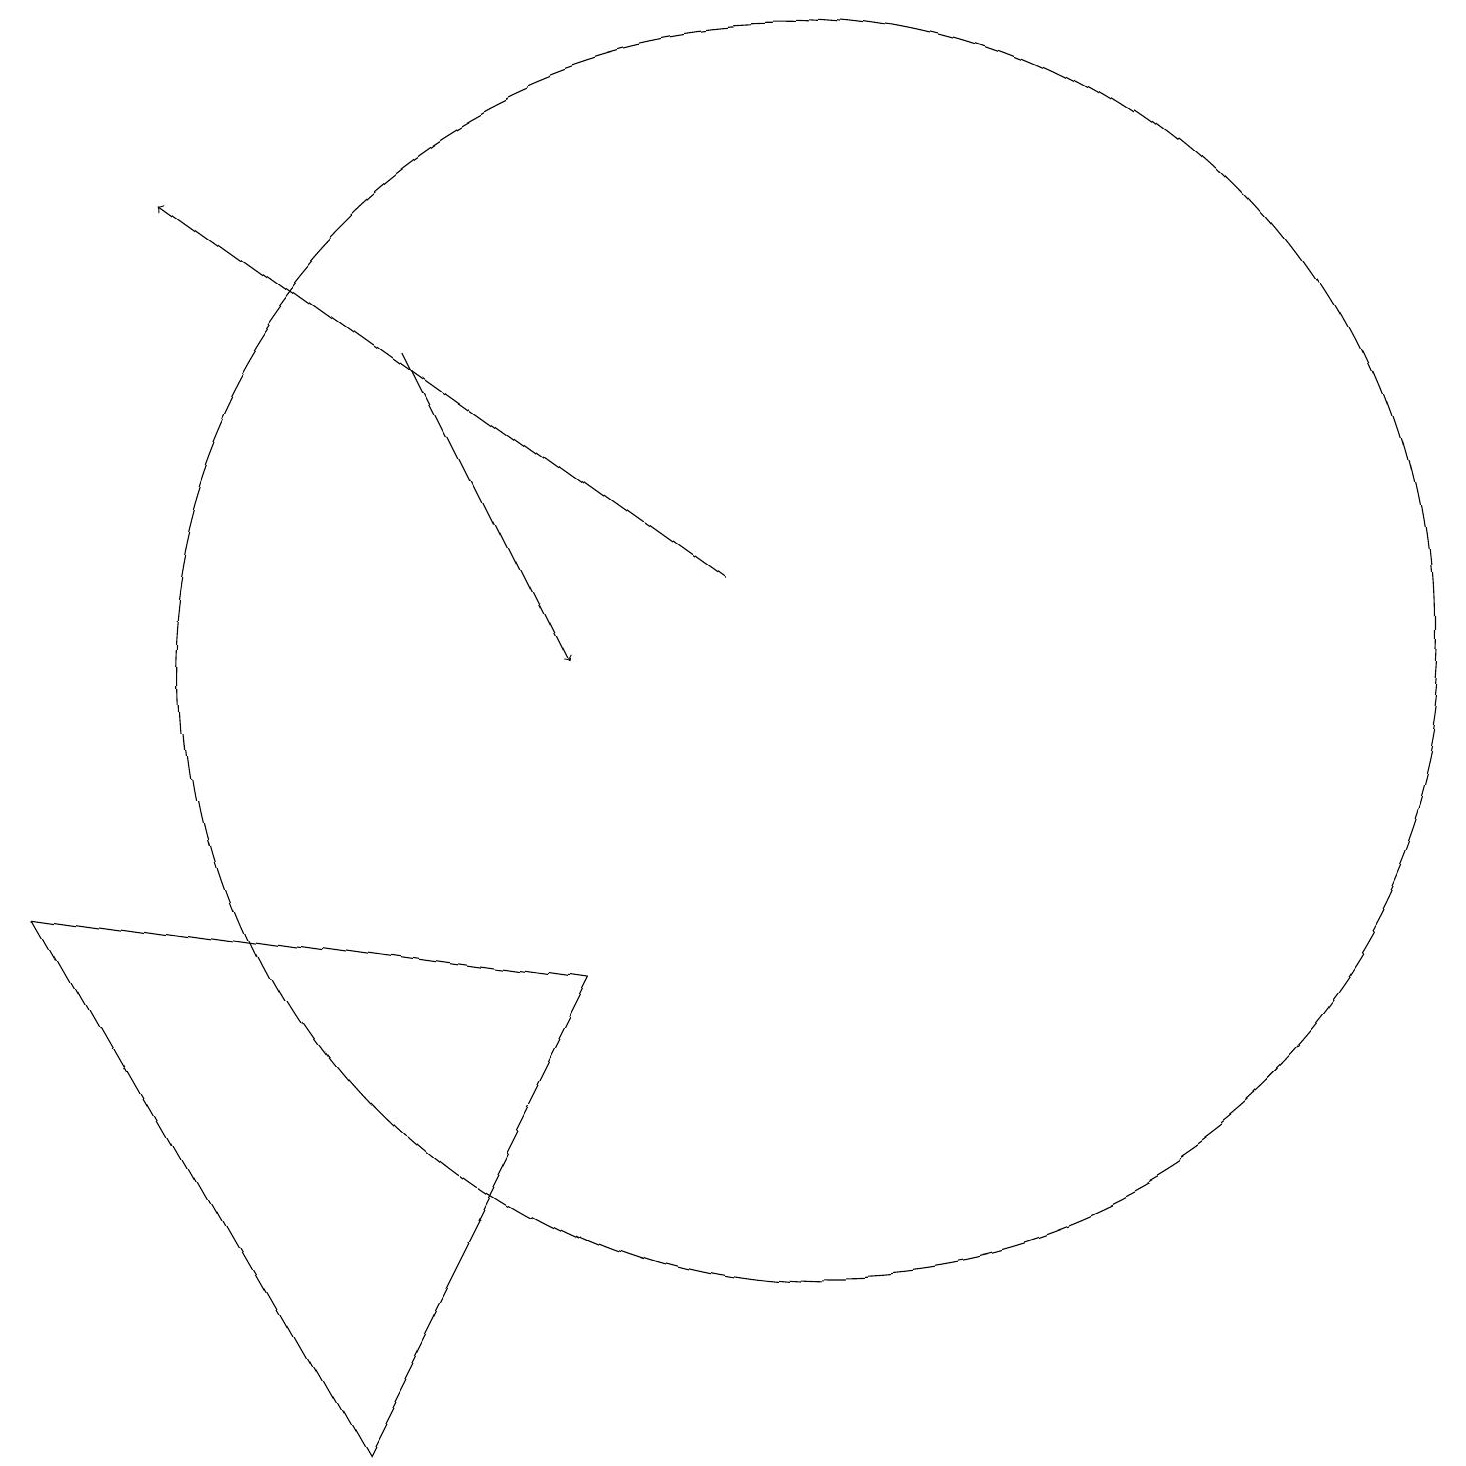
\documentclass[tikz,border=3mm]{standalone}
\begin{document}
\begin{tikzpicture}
\draw[->] (5,14) -- (7,10);
\draw (0,7) -- (4,0) -- (7,6) -- cycle;
\draw[->] (9,11) -- (2,16);
\draw (10,10) circle (8);
\draw (11,11) circle (0);
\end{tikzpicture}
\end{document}